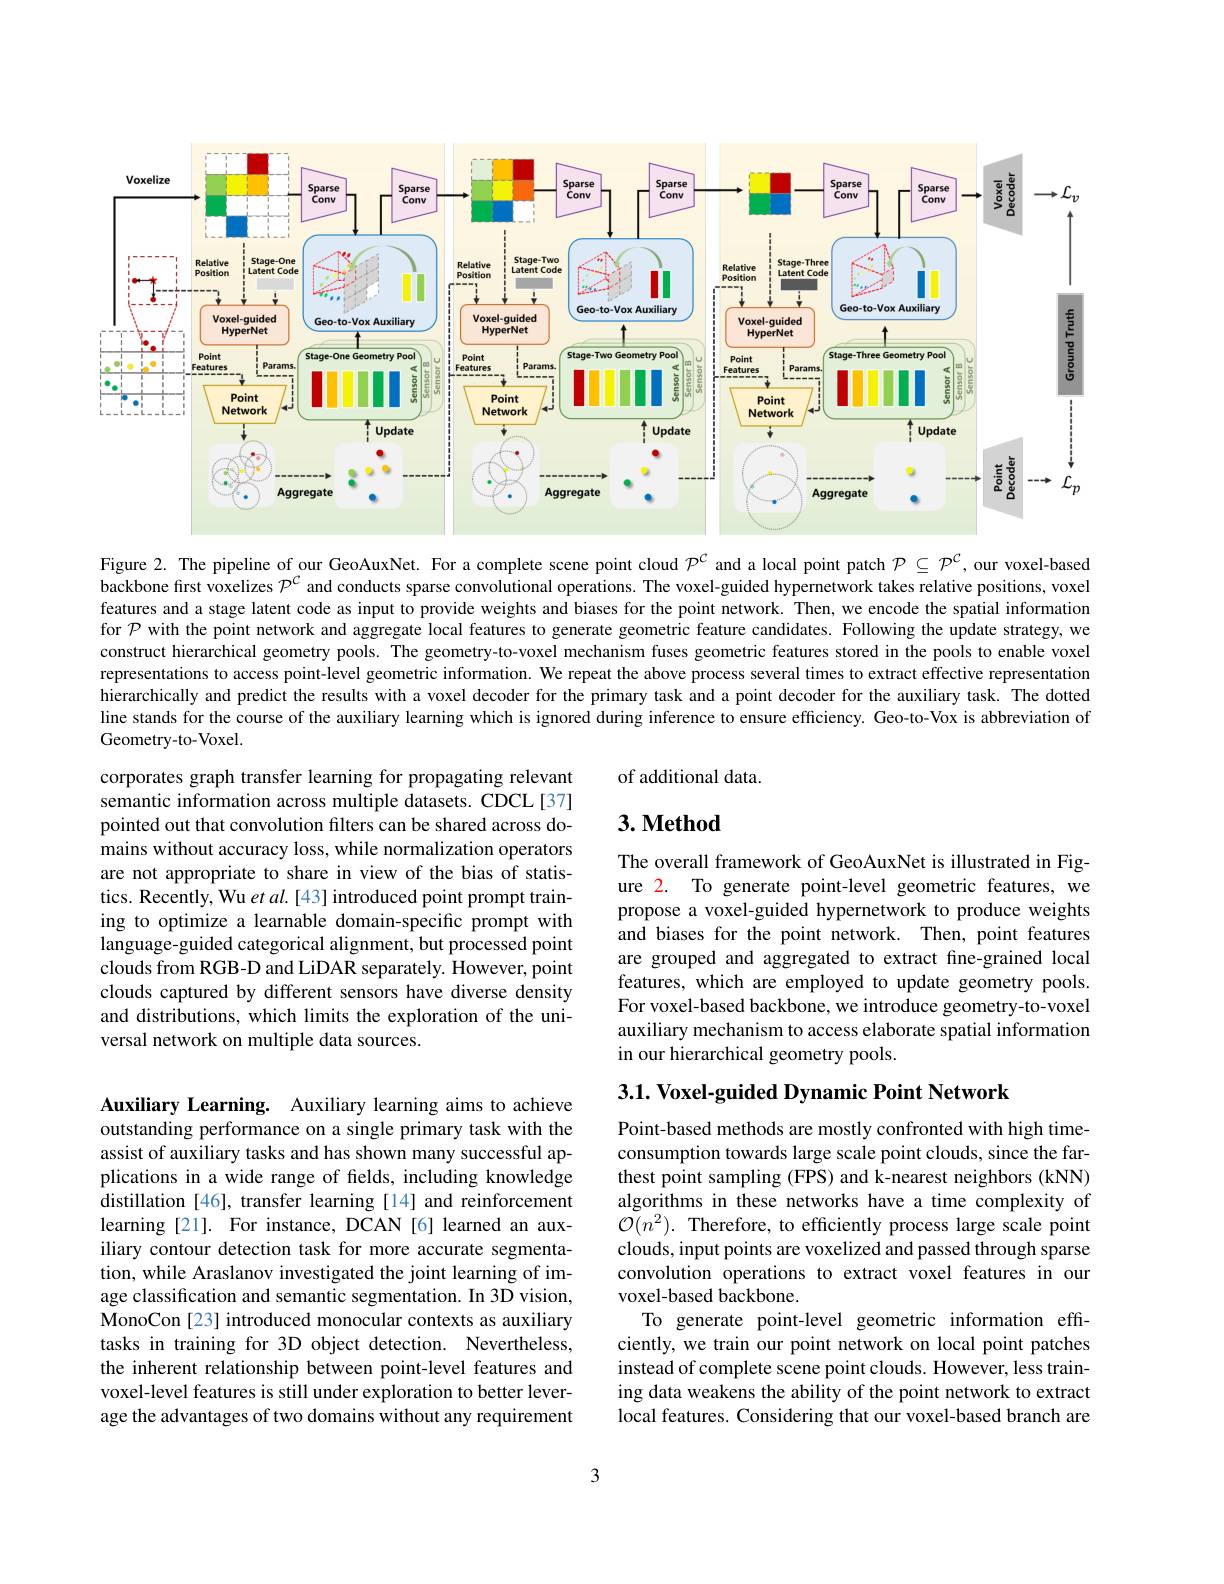
<FigureHere>

Figure 2. The pipeline of our GeoAuxNet. For a complete scene point cloud $P^{C}$ and a local point patch $\mathcal{P}\subseteq\mathcal{P}^{C}$, our voxel-based backbone first voxelizes $\mathcal{P}^C$ and conducts sparse convolutional operations. The voxel-guided hypernetwork takes relative positions, voxel features and a stage latent code as input to provide weights and biases for the point network. Then, we encode the spatial information for $\mathcal{P}$ with the point network and aggregate local features to generate geometric feature candidates. Following the update strategy, we construct hierarchical geometry pools. The geometry-to-voxel mechanism fuses geometric features stored in the pools to enable voxel representations to access point-level geometric information. We repeat the above process several times to extract effective representation hierarchically and predict the results with a voxel decoder for the primary task and a point decoder for the auxiliary task. The dotted line stands for the course of the auxiliary learning which is ignored during inference to ensure efficiency. Geo-to-Vox is abbreviation of Geometry-to-Voxel.

of additional data.

## $3. \textbf{Method}$

corporates graph transfer learning for propagating relevant semantic information across multiple datasets. CDCL[37] pointed out that convolution filters can be shared across domains without accuracy loss, while normalization operators are not appropriate to share in view of the bias of statistics. Recently, Wu et al. [43] introduced point prompt training to optimize a learnable domain-specific prompt with language-guided categorical alignment, but processed point clouds from RGB-D and LiDAR separately. However, point clouds captured by different sensors have diverse density and distributions, which limits the exploration of the universal network on multiple data sources.

The overall framework of GeoAuxNet is illustrated in Figure 2. To generate point-level geometric features, we propose a voxel-guided hypernetwork to produce weights and biases for the point network. Then, point features are grouped and aggregated to extract fine-grained local features, which are employed to update geometry pools. For voxel-based backbone, we introduce geometry-to-voxel auxiliary mechanism to access elaborate spatial information in our hierarchical geometry pools.

## 3.1. Voxel-guided Dynamic Point Network

Auxiliary Learning. Auxiliary learning aims to achieve outstanding performance on a single primary task with the assist of auxiliary tasks and has shown many successful applications in a wide range of felds, including knowledge distillation [46], transfer learning [14] and reinforcement learning [21]. For instance, DCAN[6] learned an auxiliary contour detection task for more accurate segmentation, while Araslanov investigated the joint learning of image classification and semantic segmentation. In 3D vision, MonoCon [23] introduced monocular contexts as auxiliary tasks in training for 3D object detection. Nevertheless the inherent relationship between point-level features and voxel-level features is still under exploration to better leverage the advantages of two domains without any requirement

Point-based methods are mostly confronted with high timeconsumption towards large scale point clouds, since the farthest point sampling (FPS) and k-nearest neighbors (kNN) algorithms in these networks have a time complexity of $\mathcal{O}(n^{2}).$ Therefore, to efficiently process large scale point clouds, input points are voxelized and passed through sparse convolution operations to extract voxel features in our voxel-based backbone.
To generate point-level geometric information efficiently, we train our point network on local point patches instead of complete scene point clouds. However, less training data weakens the ability of the point network to extract local features. Considering that our voxel-based branch are

3